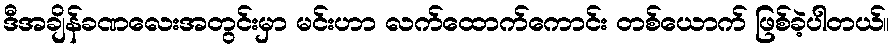
ဒီအချိန်ခဏလေးအတွင်းမှာ မင်းဟာ လက်ထောက်ကောင်း တစ်ယောက် ဖြစ်ခဲ့ပါတယ်။